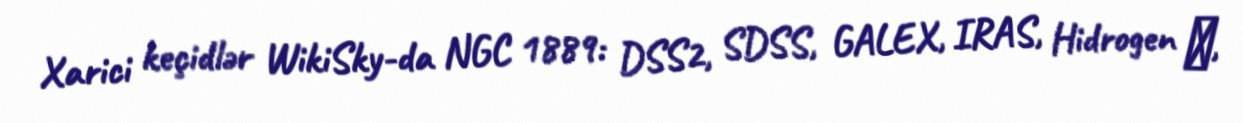
Xarici keçidlər WikiSky-da NGC 1889: DSS2, SDSS, GALEX, IRAS, Hidrogen α,